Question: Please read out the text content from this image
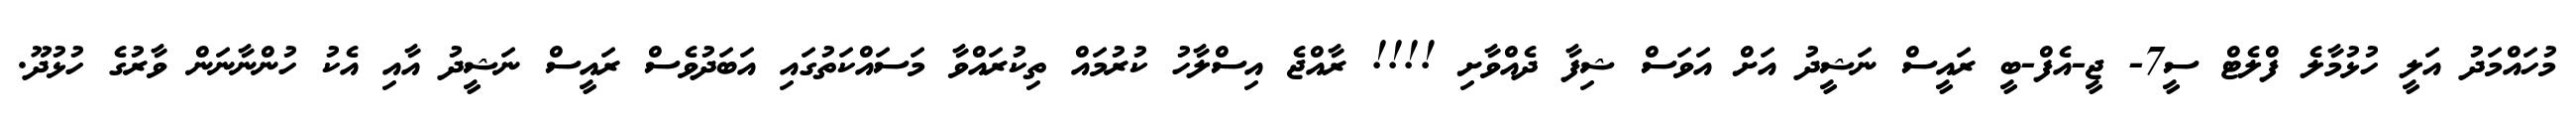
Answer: މުހައްމަދު އަލީ ހުޅުމާލެ ފްލެޓް ސީ7- ޖީ-އެފް-ބީ ރައީސް ނަޝީދު އަށް އަވަސް ޝިފާ ދެއްވާށި !!!! ރާއްޖެ އިސްލާހު ކުރުމައް ތިކުރައްވާ މަސައްކަތުގައި އަބަދުވެސް ރައީސް ނަޝީދު އާއި އެކު ހުންނާނަން ވާރުގެ ހުޅުދޫ.